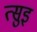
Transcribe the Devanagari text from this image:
त्सुइ